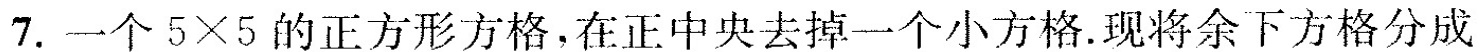
7.一个5\times5的正方形方格，在正中央去掉一个小方格。现将余下方格分成